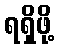
ရရှိဖို့